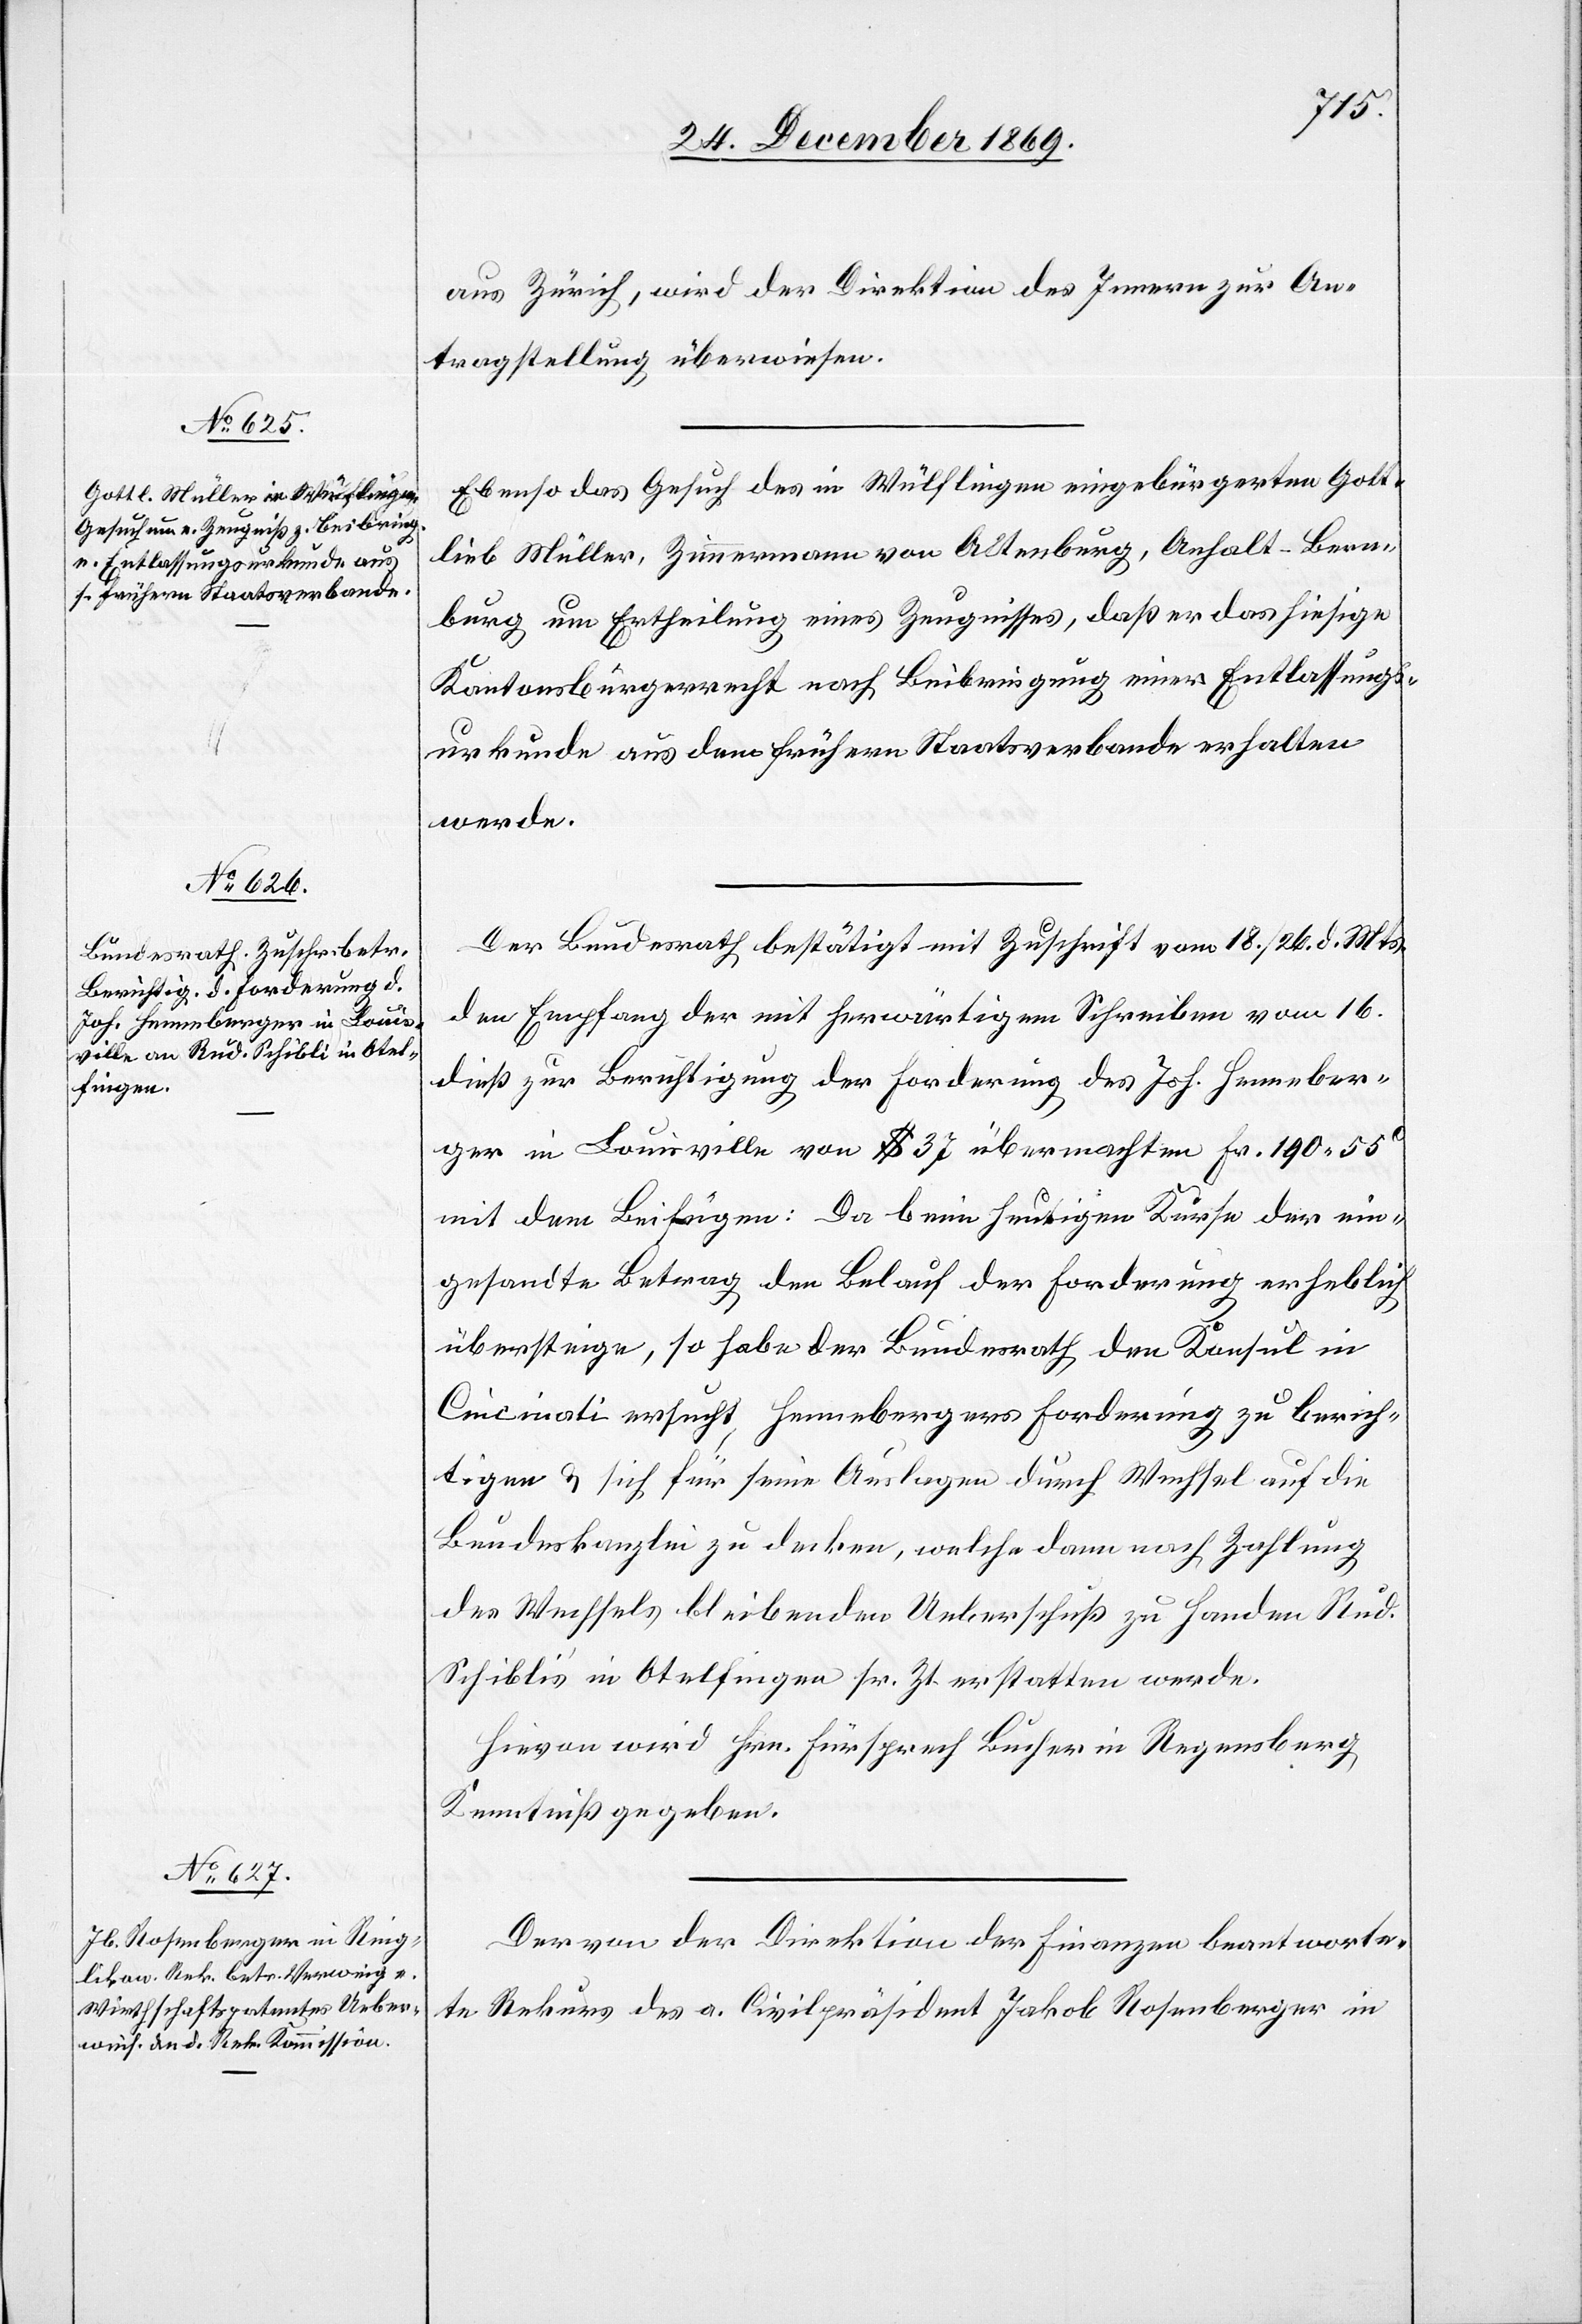
28. December 1869.]
aus Zürich, wird der Direktion des Innern zur An¬
tragstellung überwiesen.
Ebenso das Gesuch des in Wülflingen eingebürgerten Gott¬
lieb Müller, Zimmermann von Altenburg, Anhalt-Bern¬
burg um Ertheilung eines Zeugnisses, daß er das hiesige
Kantonsbürgerrecht nach Beibringung einer Entlassungs¬
urkunde aus dem frühern Staatsverbande erhalten
werde.
Der Bundesrath bestätigt mit Zuschrift vom 18./26. d. Mts.
den Empfang der mit herwärtigem Schreiben vom 16.
dieß zur Berichtigung der Forderung des Joh. Henneber¬
ger in Louisville von $ 37 übermachten Fr. 190 55C
mit dem Beifügen: Da beim heutigen Kurse der ein¬
gesandte Betrag den Belauf der Forderung erheblich
übersteige, so habe der Bundesrath den Konsul in
Cincinati ersucht, Hennebergers Forderung zu berich¬
tigen & sich für seine Auslagen durch Wechsel auf die
Bundeskanzlei zu decken, welche dann nach Zahlung
des Wechsels bleibenden Ueberschuß zu Handen Rud.
Schibli’s in Otelfingen sr. Zt. erstatten werde.
Hievon wird Hrn. Fürsprech Bucher in Regensberg
Kenntniß gegeben.
Der von der Direktion der Finanzen beantworte¬
te Rekurs des a. Civilpräsident Jakob Rosenberger in